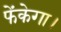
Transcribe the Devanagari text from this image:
फेंकेगा।